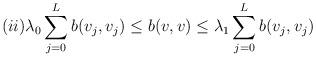
LaTeX: \begin{align*} (ii) \lambda_0 \sum_{j=0}^L b(v_j,v_j) \le b(v,v) \le \lambda_1 \sum_{j=0}^L b(v_j,v_j)\end{align*}